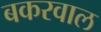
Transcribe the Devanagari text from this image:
बकरवाल